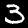
Digit: 3